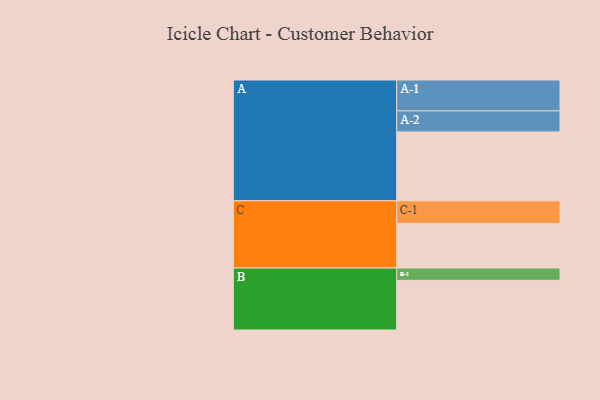
{"axis": {"x": "Segment", "y": "Value"}, "legend": ["", "A", "B", "C"], "data": [{"x": "A", "y": 576, "type": ""}, {"x": "B", "y": 415, "type": ""}, {"x": "C", "y": 373, "type": ""}, {"x": "A-1", "y": 258, "type": "A"}, {"x": "A-2", "y": 176, "type": "A"}, {"x": "B-1", "y": 103, "type": "B"}, {"x": "C-1", "y": 189, "type": "C"}]}